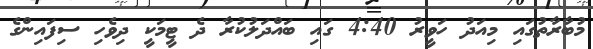
މުބާރާތުގައި މިއަދު ހަވީރު 4:40 ގައި ބައްދަލުކުރާ ދެ ޓީމަކީ ދިވެހި ސިފައިންގެ